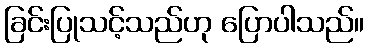
ခြင်းပြုသင့်သည်ဟု ပြောပါသည်။